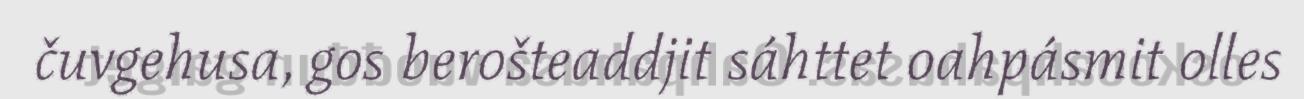
čuvgehusa, gos berošteaddjit sáhttet oahpásmit olles